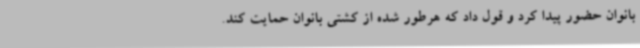
بانوان حضور پیدا کرد و قول داد که هرطور شده از کشتی بانوان حمایت کند.